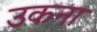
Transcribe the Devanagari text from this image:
उकना